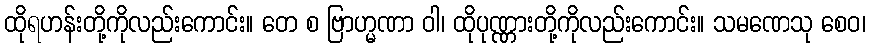
ထိုရဟန်းတို့ကိုလည်းကောင်း။ တေ စ ဗြာဟ္မဏာ ဝါ၊ ထိုပုဏ္ဏားတို့ကိုလည်းကောင်း။ သမဏေသု စေဝ၊